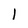
Character: l